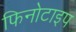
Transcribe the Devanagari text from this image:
फिनोटाइप